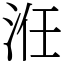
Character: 㳝